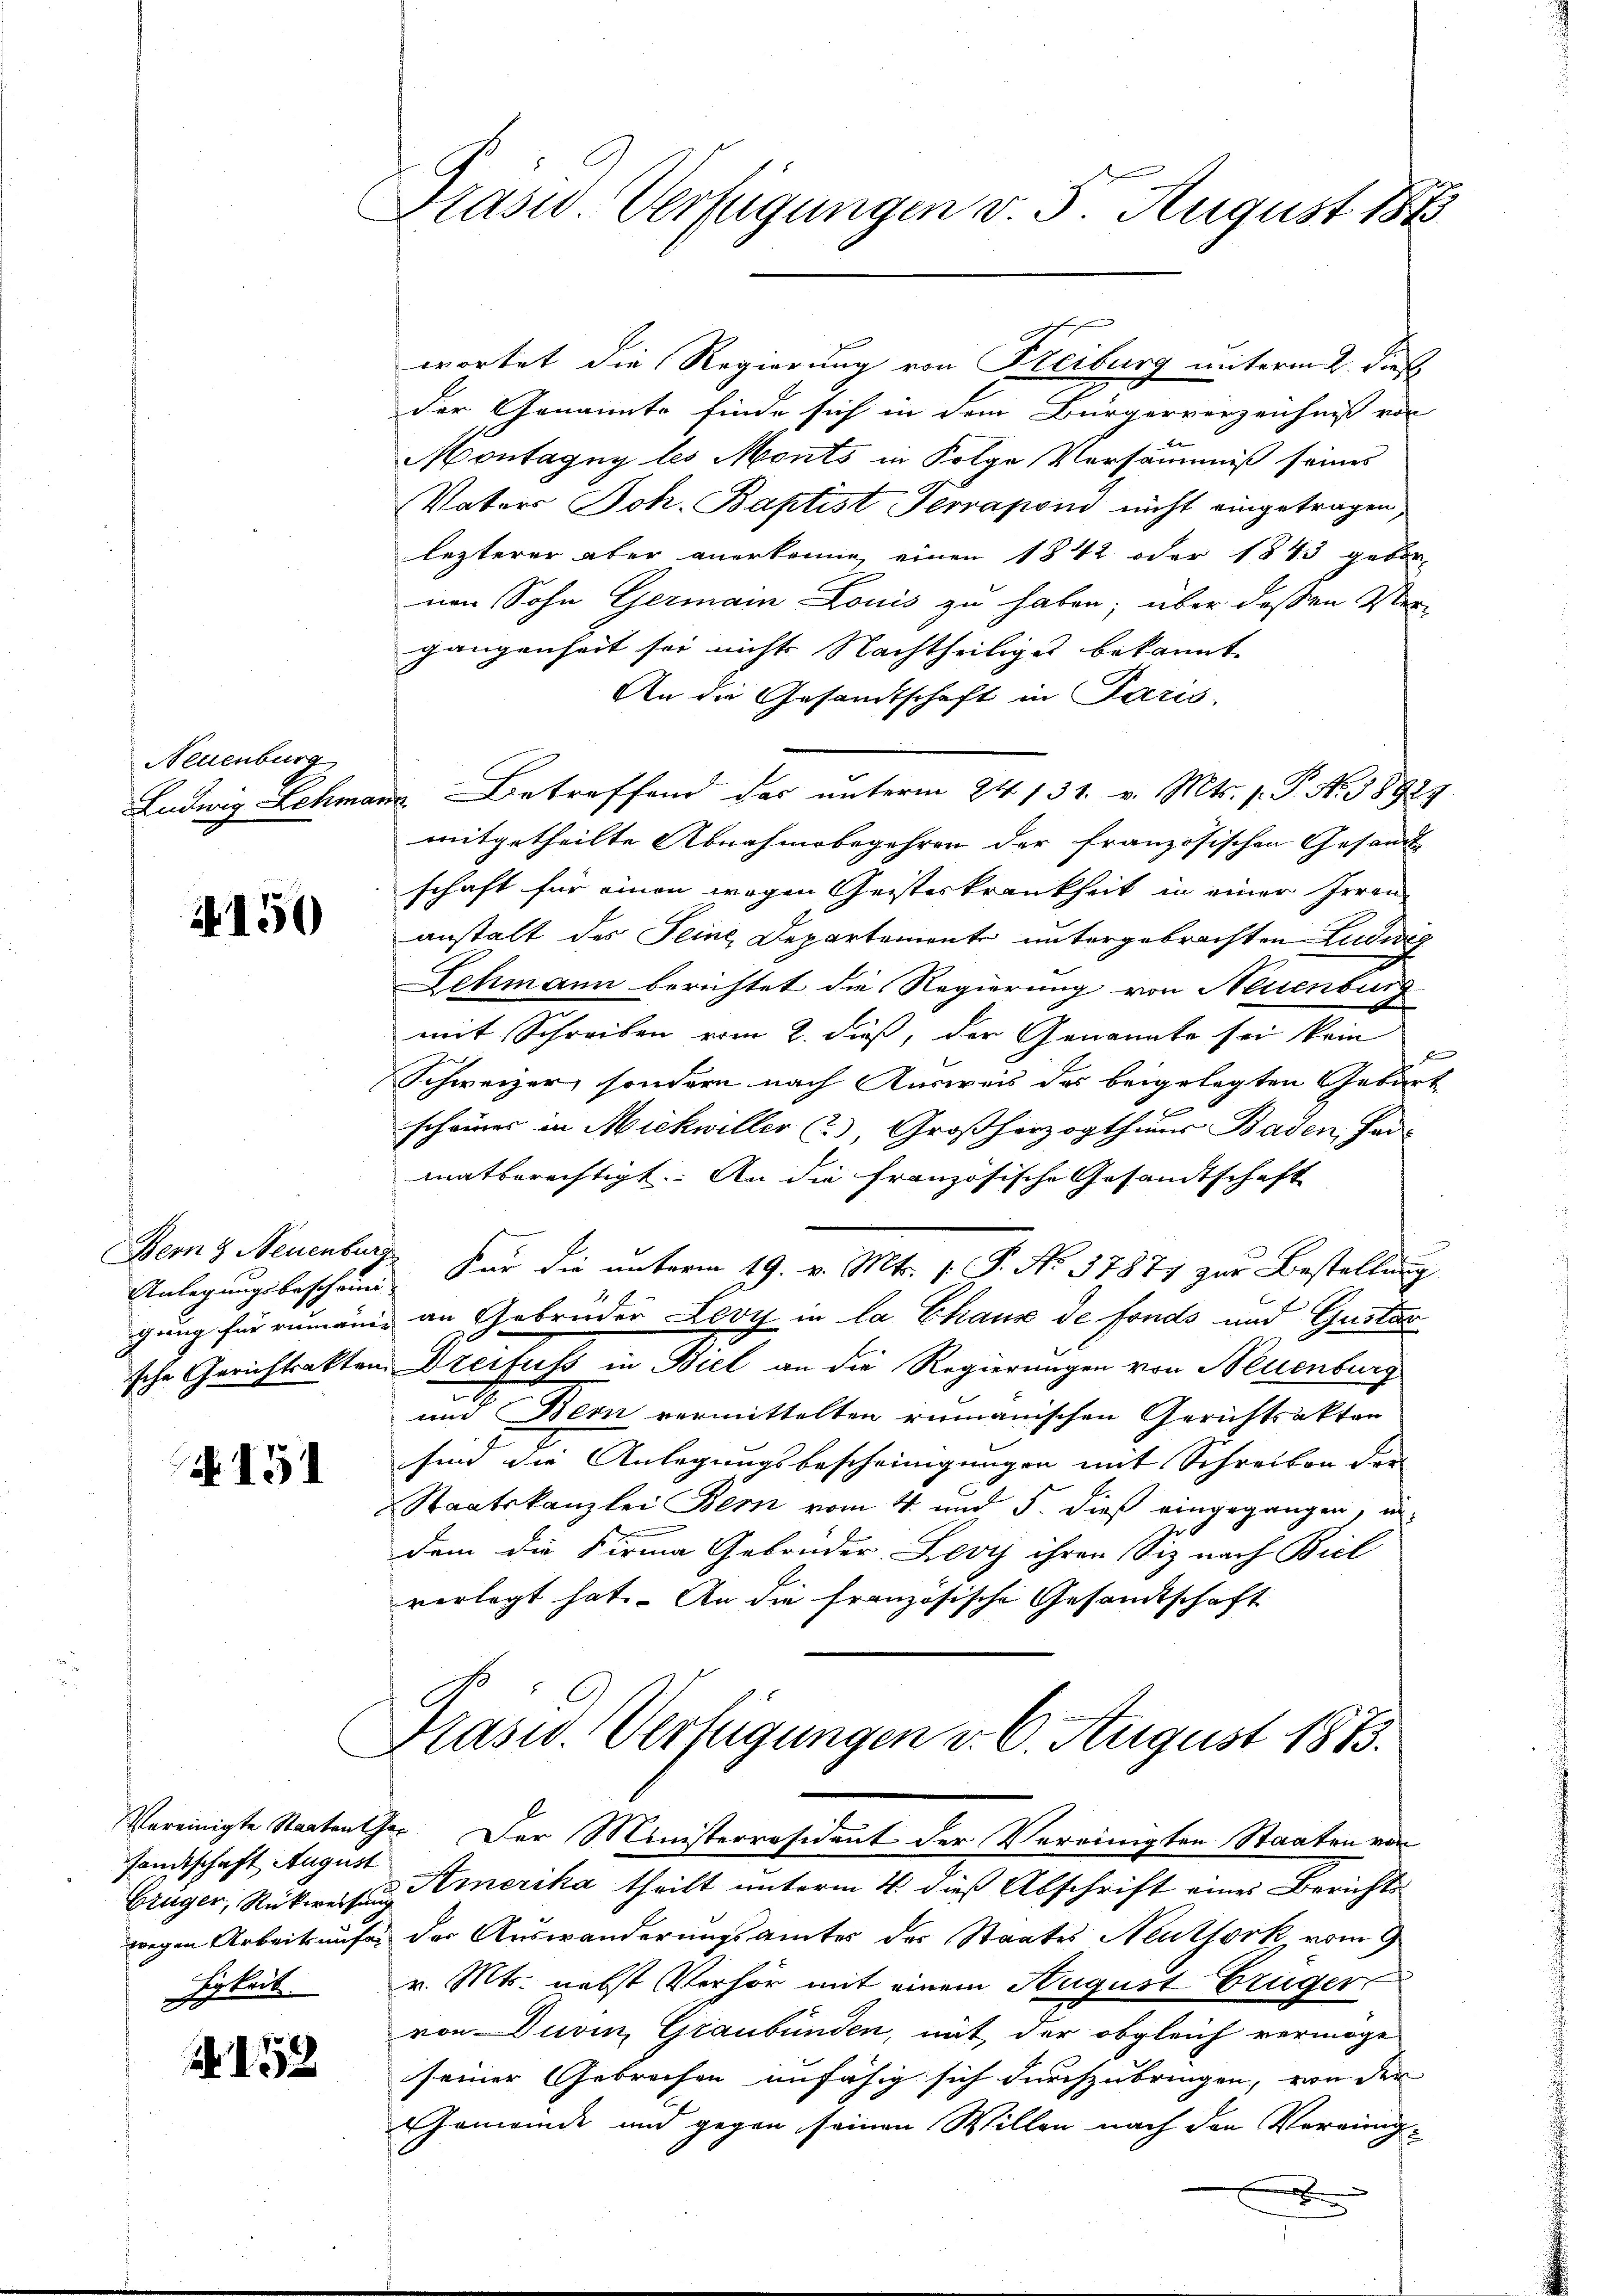
Neuenburg

150

Anlegungsbescheini-

N 191

samtschaft August
hrbeck.

A 152

Prasw. Verfügungen v. 5. August 1873.

wortet die Regierung von Freiburg unterm 2. dieß
der Genannte finde sich in dem Bürgerverzeichnis von
k
Montagny les Monts in Folge Versäumniß seines
Vaters Joh. Baptist Terraponi nicht eingetragen,
lezterer aber anerkenne, einen 1842 oder 1843 gebor
nen Sohn Germain Louis zu haben; über deßen Oster-
gangenheit sei nicht Nachtheiliges bekannt
An die Gesandtschaft in Paris.
Ludwig Schmann Betreffend das unterm 24. 131. v. Mts. 1. P. Nr. 38927.
mitgetheilte Abnahmebegehren der französischen Gesandt-
schaft für einen wegen Geisteskrankheit in einer Irrenanstalt des Seine, Departemente untergebrachten Luduig
Schmann berichtet die Regierung von Neuenburg
mit Schreiben vom 2. dieß, der Genannte sei kein
Schweizer, sondern nach Ausweis des beigelegten Gebärt
scheines in Michwiller (2), Großherzogthums Baden, Far-
matberechtigt. An die französische Gesandtschaft
Bemng Neuenburg für die unterm 19. v. Mts. f. P. No 37877 zur Bestellung
gung für rumänig an Gebrüder Levy in la Chause de Fonds und Gustav
sche Gerichtsakten Dreifuss in Biel an die Regierungen von Neuenburg
und Bern vermittelten rumanischen Gerichtsakten
sind die Anlegungsbescheinigungen mit Schreiben der
Staatskanzlei Bern vom 4. und 5. dieß eingegangen, undem die Firma Gebrüder, Lovy ihren Siz nach Biel
verlegt hat. An die französische Gesandtschaft

Grasw. Verfügungen d. 6. August 1873.
Vereinigte Staaten Ger. Der Ministerräsident der Vereinigten Staaten von

Grüger, Rückweise merika theilt unterm 4. dieß Abschrift eines Berichts
wegen Arbeits aufer der Auswanderungsamtes des Staates Neuthork, vom 2
v. Mts. nebst Verhör mit einem August Brüger
von Durin, Graubünden, mit der obgleich vermöge
seiner Gebrechen unfähig sich durchzubringen, von der
Gemeinde und gegen seinen Willen nach den Verringx